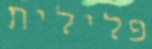
פלילית